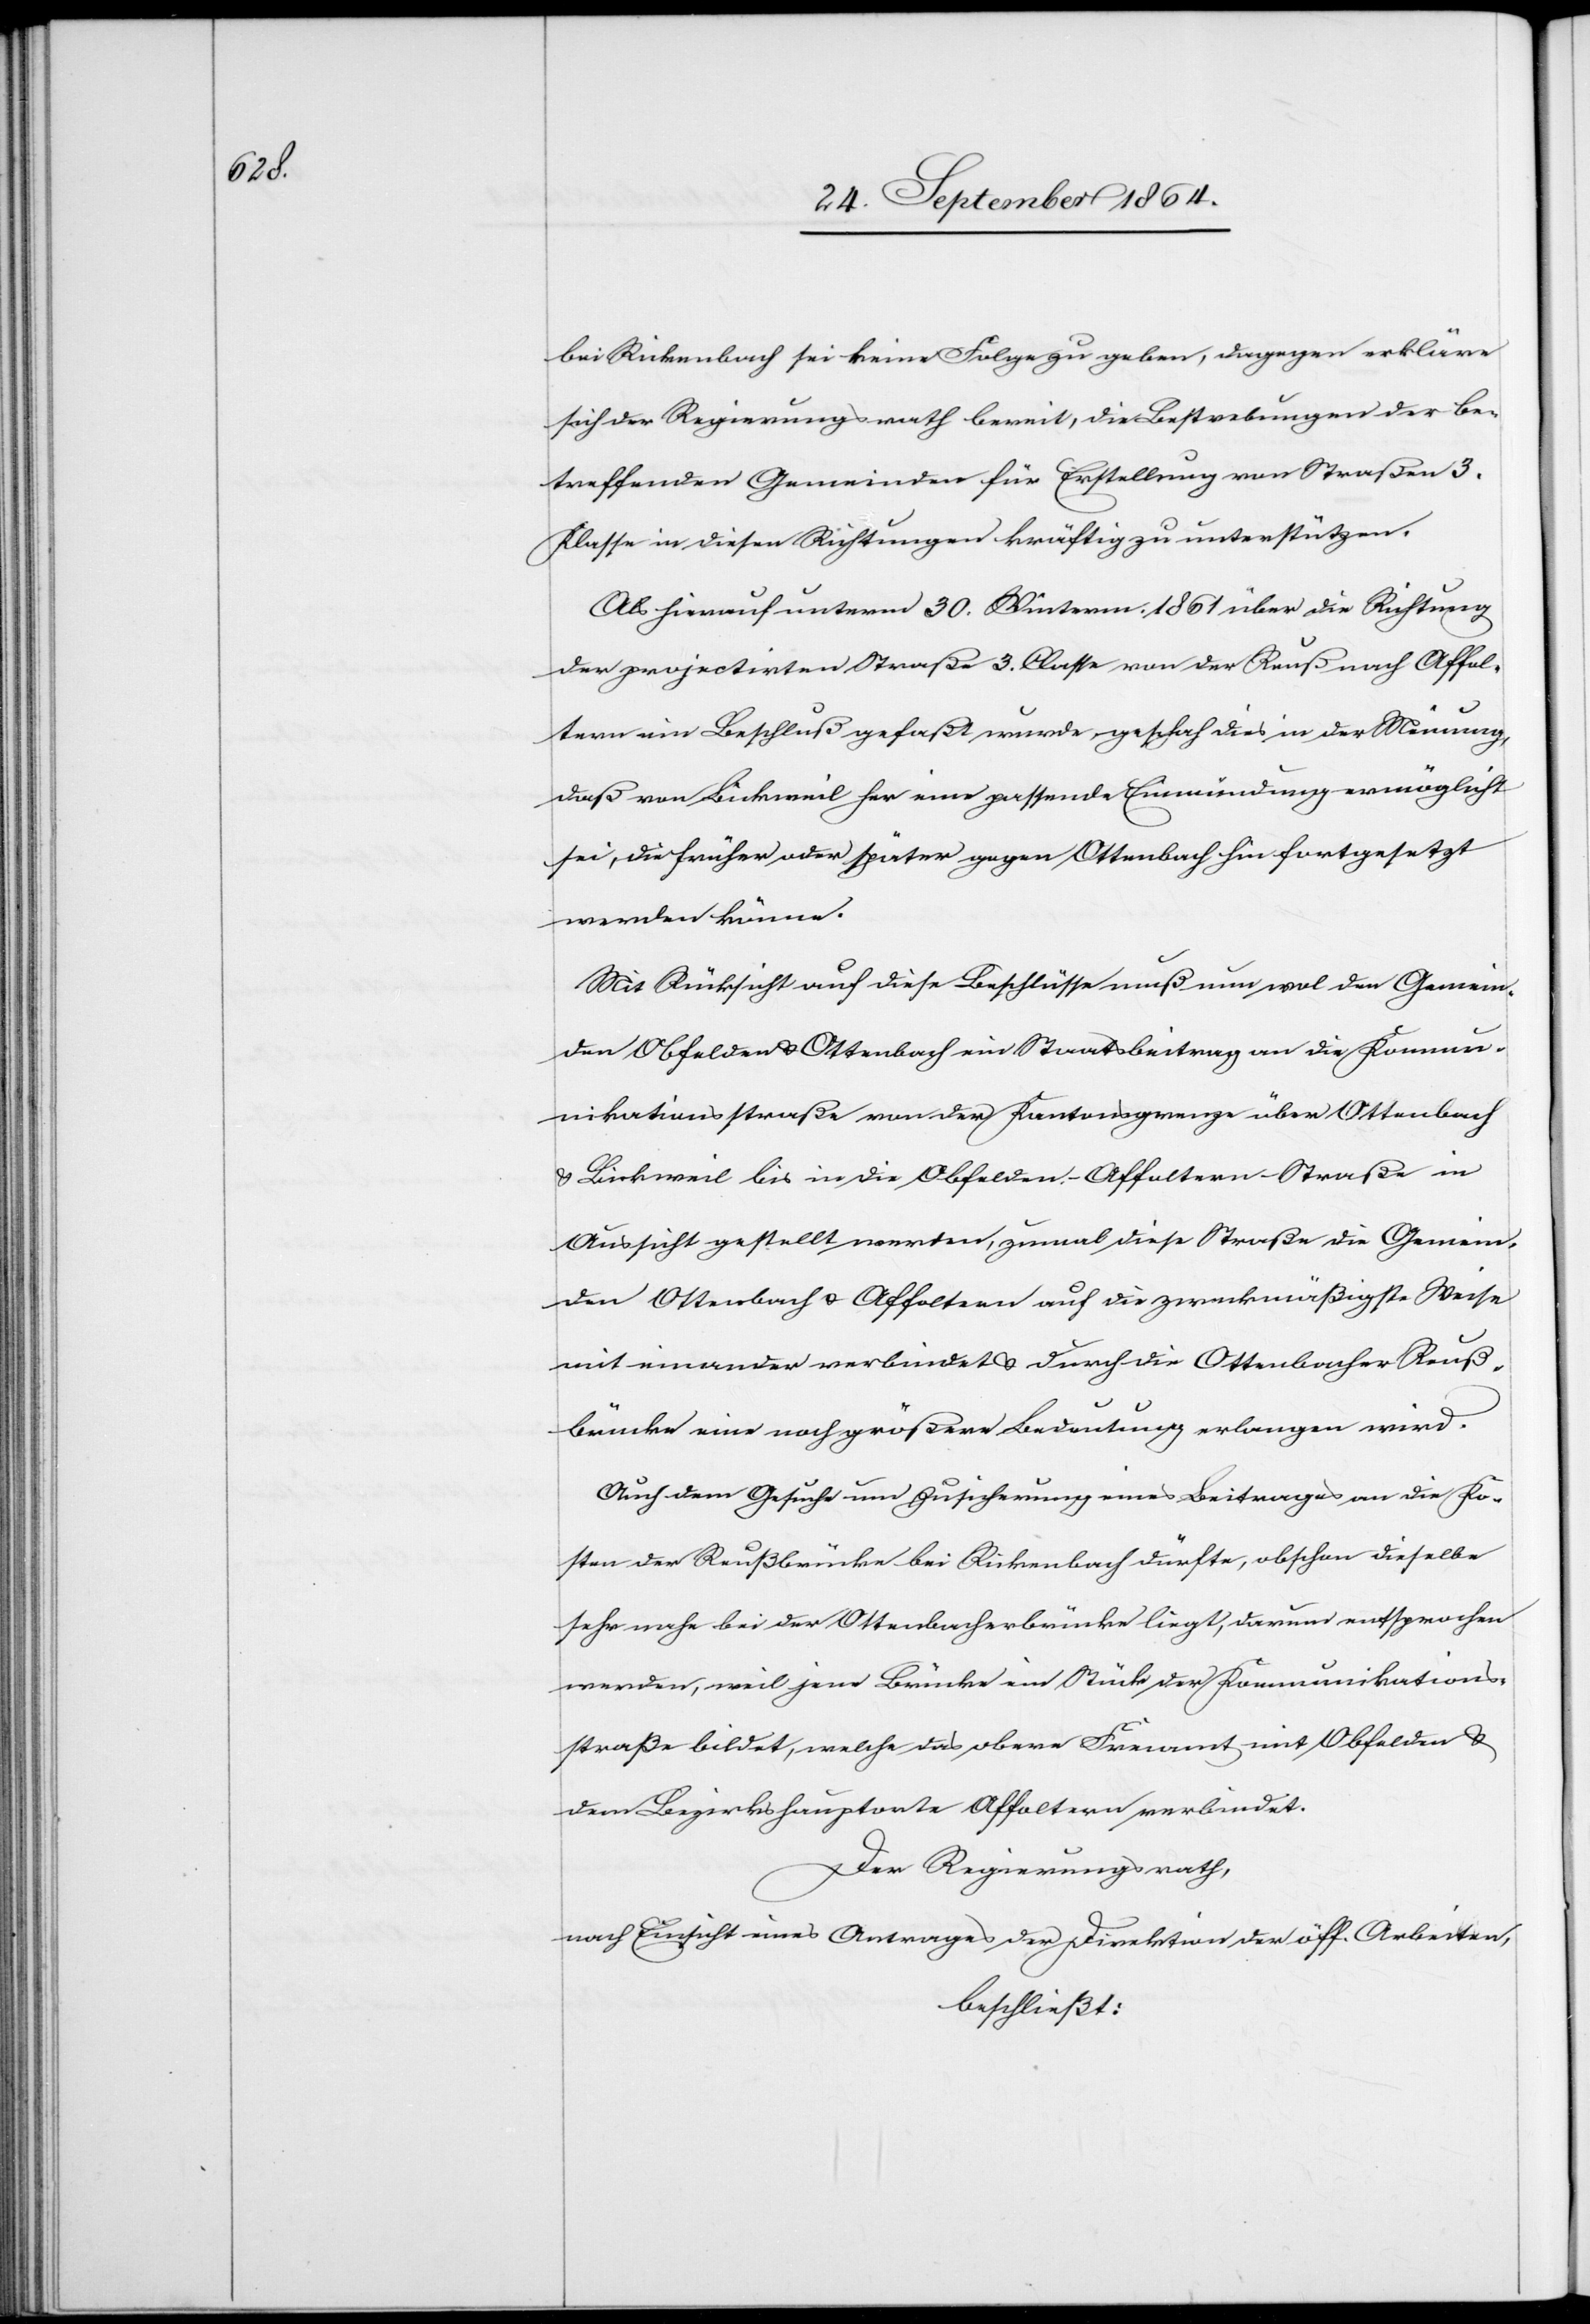
bei Rickenbach sei keine Folge zu geben, dagegen erkläre
sich der Regierungsrath bereit, die Bestrebungen der be¬
treffenden Gemeinden für Erstellung von Straßen 3.
Klasse in diesen Richtungen kräftig zu unterstützen.
Als hierauf unterm 30. Winterm. 1861 über die Richtung
der projectirten Straße 3. Classe von der Reuß nach Affol¬
tern ein Beschluß gefaßt wurde, geschah dies in der Meinung,
daß von Bickweil her eine passende Einmündung ermöglicht
sei, die früher oder später gegen Ottenbach hin fortgesetzt
werden könne.
Mit Rücksicht auf diese Beschlüsse muß nun wol den Gemein¬
den Obfelden & Ottenbach ein Staatsbeitrag an die Kommu¬
nikationsstraße von der Kantonsgrenze über Ottenbach
& Bickweil bis in die Obfelden-Affoltern-Straße in
Aussicht gestellt werden, zumal diese Straße die Gemein¬
den Ottenbach & Affoltern auf die zweckmäßigste Weise
mit einander verbindet & durch die Ottenbacher Reuß¬
brücke eine noch größere Bedeutung erlangen wird.
Auch dem Gesuche um Zusicherung eines Beitrages an die Ko¬
sten der Reußbrücke bei Rickenbach dürfte, obschon dieselbe
sehr nahe bei der Ottenbacherbrücke liegt, darum entsprochen
werden, weil jene Brücke ein Stück der Kommunikations¬
straße bildet, welche das obere Freiamt mit Obfelden &
dem Bezirkshauptorte Affoltern verbindet.
Der Regierungsrath,
nach Einsicht eines Antrages der Direktion der öff. Arbeiten,
beschließt: